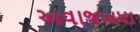
અવાજબધા